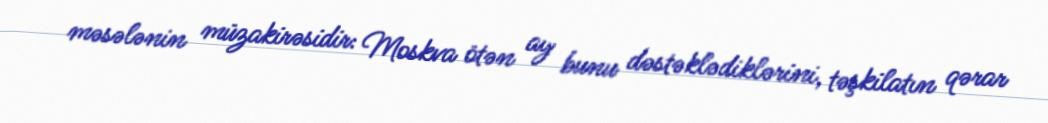
məsələnin müzakirəsidir: Moskva ötən ay bunu dəstəklədiklərini, təşkilatın qərar